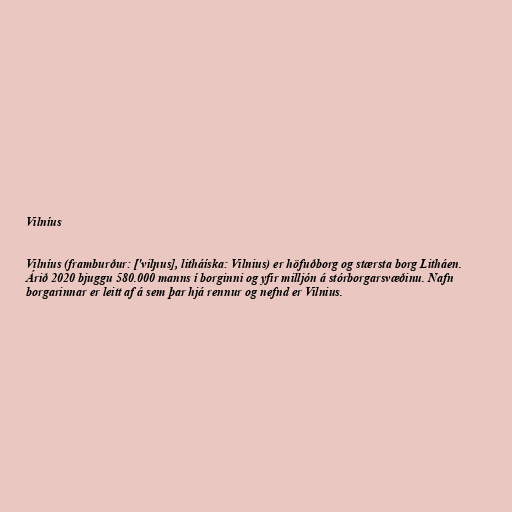
Vilníus

Vilníus (framburður: ['vilɲus], litháíska: Vilnius) er höfuðborg og stærsta borg Litháen.
Árið 2020 bjuggu 580.000 manns í borginni og yfir milljón á stórborgarsvæðinu. Nafn
borgarinnar er leitt af á sem þar hjá rennur og nefnd er Vilnius.